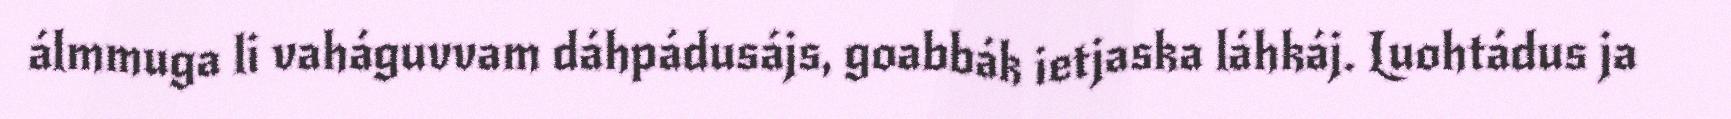
álmmuga li vaháguvvam dáhpádusájs, goabbák ietjaska láhkáj. Luohtádus ja